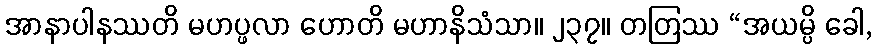
အာနာပါနဿတိ မဟပ္ဖလာ ဟောတိ မဟာနိသံသာ။ ၂၃၇။ တတြဿ “အယမ္ပိ ခေါ,